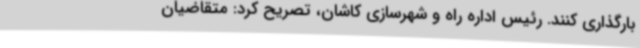
بارگذاری کنند. رئیس اداره راه و شهرسازی کاشان، تصریح کرد: متقاضیان